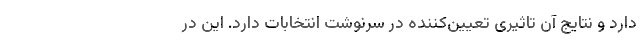
دارد و نتایج آن تاثیری تعیین‌کننده در سرنوشت انتخابات دارد. این در